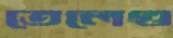
তেলেগু